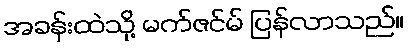
အခန်းထဲသို့ မက်ဇင်မ် ပြန်လာသည်။